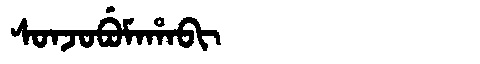
Manchu: ᠰᠣᠨᠵᠣᠪᡠᠮᠠᡥᠠᠪᡳ
Romanization: SONJOBUMAHABI